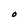
Character: O